Annual report on the working of the lock hospitals in the Central Provinces
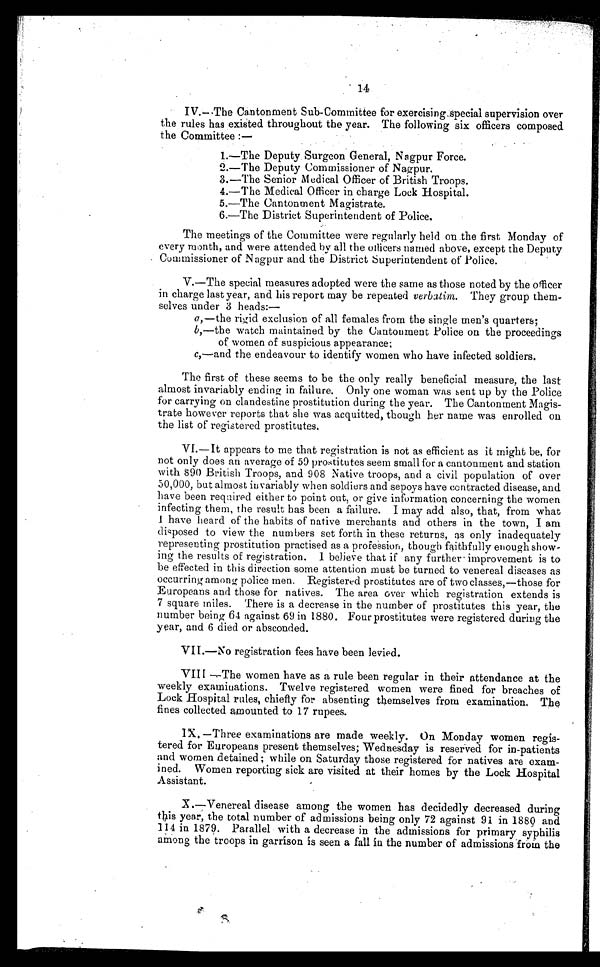
14
IV.—The Cantonment Sub-Committee for exercising special supervision over
the rules has existed throughout the year. The following six officers composed
the Committee :—
1.—The Deputy Surgeon General, Nagpur Force.
2.—The Deputy Commissioner of Nagpur.
3.—The Senior Medical Officer of British Troops.
4.—The Medical Officer in charge Lock Hospital.
5.—The Cantonment Magistrate.
6.—The District Superintendent of Police.
The meetings of the Committee were regularly held on the first Monday of
every month, and were attended by all the officers named above, except the Deputy
Commissioner of Nagpur and the District Superintendent of Police.
V.—The special measures adopted were the same as those noted by the officer
in charge last year, and his report may be repeated verbatim. They group them-
selves under 3 heads:—
a,—the rigid exclusion of all females from the single men's quarters;
b,—the watch maintained by the Cantonment Police on the proceedings
of women of suspicious appearance;
c,—and the endeavour to identify women who have infected soldiers.
The first of these seems to be the only really beneficial measure, the last
almost invariably ending in failure. Only one woman was sent up by the Police
for carrying on clandestine prostitution during the year. The Cantonment Magis-
trate however reports that she was acquitted, though her name was enrolled on
the list of registered prostitutes.
VI.—It appears to me that registration is not as efficient as it might be, for
not only does an average of 59 prostitutes seem small for a cantonment and station
with 890 British Troops, and 908 Native troops, and a civil population of over
50,000, but almost invariably when soldiers and sepoys have contracted disease, and
have been required either to point out, or give information concerning the women
infecting them, the result has been a failure. I may add also, that, from what
I have heard of the habits of native merchants and others in the town, I am
disposed to view the numbers set forth in these returns, as only inadequately
representing prostitution practised as a profession, though faithfully enough show-
ing the results of registration. I believe that if any further improvement is to
be effected in this direction some attention must be turned to venereal diseases as
occurring among police men. Registered prostitutes are of two classes,—those for
Europeans and those for natives. The area over which registration extends is
7 square miles. There is a decrease in the number of prostitutes this year, the
number being 64 against 69 in 1880. Four prostitutes were registered during the
year, and 6 died or absconded.
VII.—No registration fees have been levied.
VIII —The women have as a rule been regular in their attendance at the
weekly examinations. Twelve registered women were fined for breaches of
Lock Hospital rules, chiefly for absenting themselves from examination. The
fines collected amounted to 17 rupees.
IX.—Three examinations are made weekly. On Monday women regis-
tered for Europeans present themselves; Wednesday is reserved for in-patients
and women detained ; while on Saturday those registered for natives are exam-
ined. Women reporting sick are visited at their homes by the Lock Hospital
Assistant.
X.—Venereal disease among the women has decidedly decreased during
this year, the total number of admissions being only 72 against 91 in 1880 and
114 in 1879. Parallel with a decrease in the admissions for primary syphilis
among the troops in garrison is seen a fall in the number of admissions from the